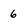
Character: 6